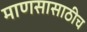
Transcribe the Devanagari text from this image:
माणसासाठीच